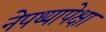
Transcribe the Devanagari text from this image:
नेपथ्यापेक्षा